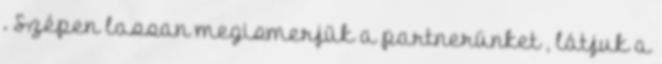
. Szépen lassan megismerjük a partnerünket , látjuk a